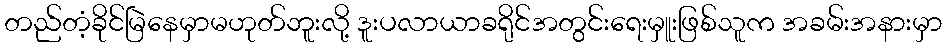
တည်တံ့ခိုင်မြဲနေမှာမဟုတ်ဘူးလို့ ဒူးပလာယာခရိုင်အတွင်းရေးမှူးဖြစ်သူက အခမ်းအနားမှာ